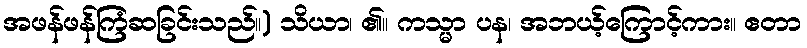
အဖန်ဖန်ကြံဆခြင်းသည်။) သိယာ၊ ၏။ ကသ္မာ ပန၊ အဘယ့်ကြောင့်ကား။ ဧတာ